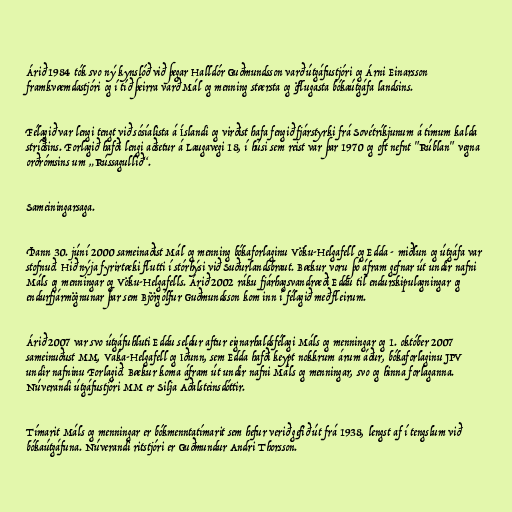
Árið 1984 tók svo ný kynslóð við þegar Halldór Guðmundsson varð útgáfustjóri og Árni Einarsson
framkvæmdastjóri og í tíð þeirra varð Mál og menning stærsta og öflugasta bókaútgáfa landsins.

Félagið var lengi tengt við sósíalista á Íslandi og virðist hafa fengið fjárstyrki frá Sovétríkjunum á tímum kalda
stríðsins. Forlagið hafði lengi aðsetur á Laugavegi 18, í húsi sem reist var þar 1970 og oft nefnt "Rúblan" vegna
orðrómsins um „Rússagullið“.

Sameiningarsaga.

Þann 30. júní 2000 sameinaðist Mál og menning bókaforlaginu Vöku-Helgafell og Edda - miðlun og útgáfa var
stofnuð. Hið nýja fyrirtæki flutti í stórhýsi við Suðurlandsbraut. Bækur voru þó áfram gefnar út undir nafni
Máls og menningar og Vöku-Helgafells. Árið 2002 ráku fjárhagsvandræði Eddu til endurskipulagningar og
endurfjármögnunar þar sem Björgólfur Guðmundsson kom inn í félagið með fleirum.

Árið 2007 var svo útgáfuhluti Eddu seldur aftur eignarhaldsfélagi Máls og menningar og 1. október 2007
sameinuðust MM, Vaka-Helgafell og Iðunn, sem Edda hafði keypt nokkrum árum áður, bókaforlaginu JPV
undir nafninu Forlagið. Bækur koma áfram út undir nafni Máls og menningar, svo og hinna forlaganna.
Núverandi útgáfustjóri MM er Silja Aðalsteinsdóttir.

Tímarit Máls og menningar er bókmenntatímarit sem hefur verið gefið út frá 1938, lengst af í tengslum við
bókaútgáfuna. Núverandi ritstjóri er Guðmundur Andri Thorsson.